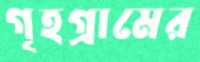
গৃহগ্রামের